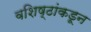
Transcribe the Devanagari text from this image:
वशिष्ठांकडून